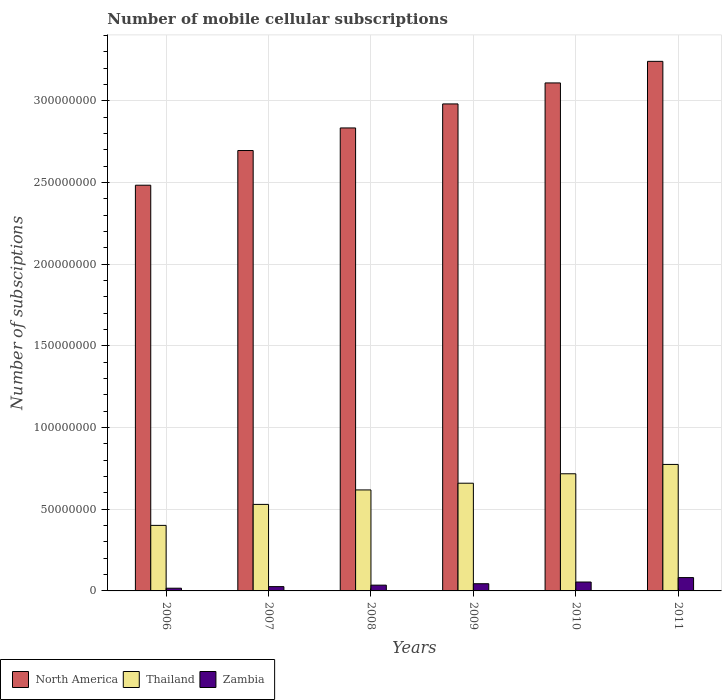
| Years | North America | Thailand | Zambia |
 | --- | --- | --- | --- |
 | 2006 | 2.48e+08 | 4.01e+07 | 1.66e+06 |
 | 2007 | 2.7e+08 | 5.3e+07 | 2.64e+06 |
 | 2008 | 2.83e+08 | 6.18e+07 | 3.54e+06 |
 | 2009 | 2.98e+08 | 6.6e+07 | 4.41e+06 |
 | 2010 | 3.11e+08 | 7.17e+07 | 5.45e+06 |
 | 2011 | 3.24e+08 | 7.74e+07 | 8.16e+06 |